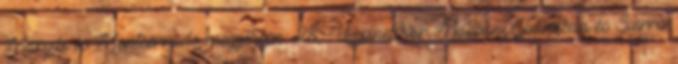
Margibi és Montserrado megyékben. 28 Ugyanekkor Maliban, Ghánában és Sierra